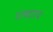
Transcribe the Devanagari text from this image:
पाष्चात्य